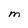
Character: M